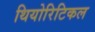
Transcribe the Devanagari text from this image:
थियोरिटिकल